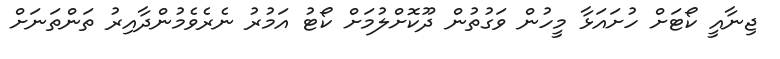
ޖިނާއީ ކޯޓަށް ހުށައަޅާ މީހުން ވަގުތުން ދޫކޮށްލުމަށް ކޯޓު އަމުރު ނެރެވެމުންދާއިރު ތަންތަނަށް